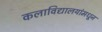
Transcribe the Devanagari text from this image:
कलाविद्यालयांमधून